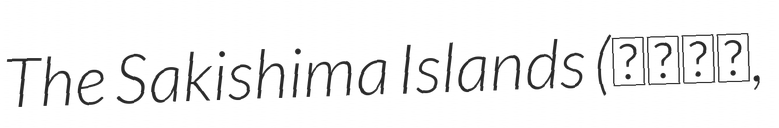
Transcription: The Sakishima Islands (先島諸島,